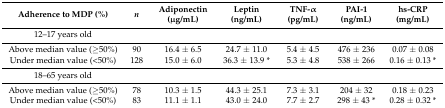
| Adherence to MDP (%) | n | Adiponectin (μg/mL) | Leptin (ng/mL) | TNF-α (pg/mL) | PAI-1 (ng/mL) | hs-CRP (mg/mL) |
 | --- | --- | --- | --- | --- | --- | --- |
 | 12–17 years old |  |  |  |  |  |  |
 | Above median value (≥50%) | 90 | 16.4 ± 6.5 | 24.7 ± 11.0 | 5.4 ± 4.5 | 476 ± 236 | 0.07 ± 0.08 |
 | Under median value (<50%) | 128 | 15.0 ± 6.0 | 36.3 ± 13.9 * | 5.3 ± 4.8 | 538 ± 266 | 0.16 ± 0.13 * |
 | 18–65 years old |  |  |  |  |  |  |
 | Above median value (≥50%) | 78 | 10.3 ± 1.5 | 44.3 ± 25.1 | 7.3 ± 3.1 | 204 ± 32 | 0.18 ± 0.23 |
 | Under median value (<50%) | 83 | 11.1 ± 1.1 | 43.0 ± 24.0 | 7.7 ± 2.7 | 298 ± 43 * | 0.28 ± 0.32 * |